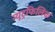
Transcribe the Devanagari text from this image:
न्यूट्रफिलिक